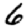
Digit: 6